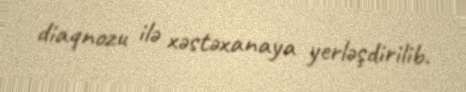
diaqnozu ilə xəstəxanaya yerləşdirilib.